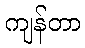
ကျန်တာ